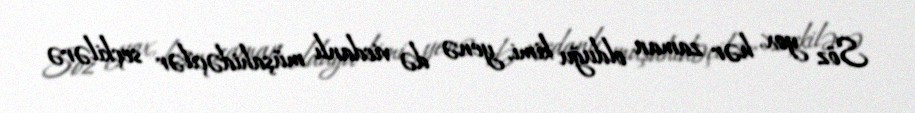
Söz yox, hər zaman olduğu kimi, yenə də vicdanlı müşahidəçilər seçkilərə